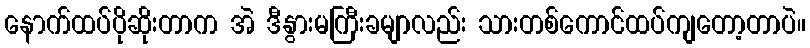
နောက်ထပ်ပိုဆိုးတာက အဲ ဒီနွားမကြီးခမျာလည်း သားတစ်ကောင်ထပ်ကျတော့တာပဲ။